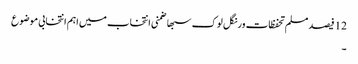
12 فیصد مسلم تحفظات ورنگل لوک سبھا ضمنی انتخاب میں اہم انتخابی موضوع
۔